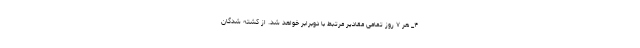
۴_ هر ۷ روز تمامی مقادیر مرتبط با دوبرابر خواهد شد. از کشته شدگان